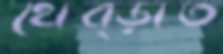
থেব্‌ড়াত